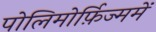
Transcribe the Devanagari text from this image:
पोलिमोर्फ़िज्ममें